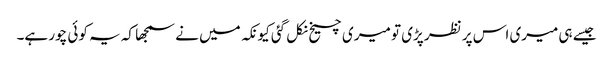
جیسے ہی میری اس پر نظر پڑی تو میری چیخ نکل گئی کیونکہ میں نے سمجھا کہ یہ کوئی چور ہے۔